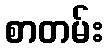
စာတမ်း